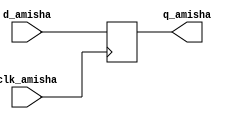
`timescale 1ns / 1ps
//////////////////////////////////////////////////////////////////////////////////
// Company: 
// Engineer: 
// 
// Design Name: 
// Module Name:    d_ff_Amisha 
// Project Name: 
// Target Devices: 
// Tool versions: 
// Description: 
//
// Dependencies: 
//
// Revision: 
// Revision 0.01 - File Created
// Additional Comments: 
//
//////////////////////////////////////////////////////////////////////////////////
module d_ff_Amisha(
    input clk_amisha,
    input d_amisha,
    output reg q_amisha
    );
	 
	 always @(posedge clk_amisha)
	 q_amisha <= d_amisha;
endmodule